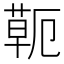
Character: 𦷖